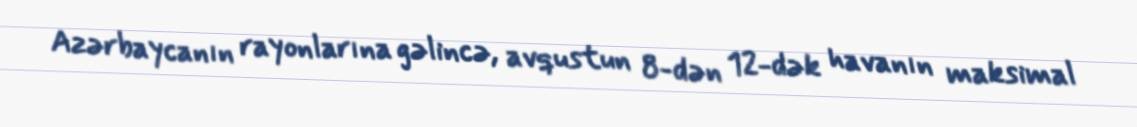
Azərbaycanın rayonlarına gəlincə, avqustun 8-dən 12-dək havanın maksimal